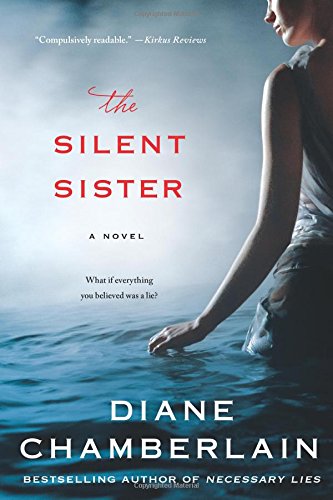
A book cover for The Silent Sister: A Novel; Diane Chamberlain; Mystery, Thriller & Suspense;